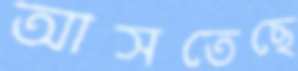
আসতেছে